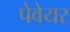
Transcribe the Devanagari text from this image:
पेवेयर